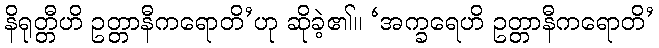
နိရုတ္တီဟိ ဥတ္တာနီကရောတိ’ဟု ဆိုခဲ့၏။ ‘အက္ခရေဟိ ဥတ္တာနီကရောတိ’